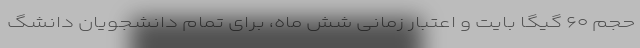
حجم ۶۰ گیگا بایت و اعتبار زمانی شش ماه، برای تمام دانشجویان دانشگ